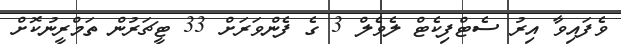
ވެފައިވާ އިރު ސެޓްފިކެޓް ލެވެލް 3 ގެ ފެންވަރަށް 33 ޓީޗަރުން ތަމްރީނުކޮށް